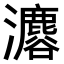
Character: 𤄟